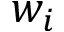
w _ { i }